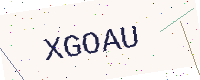
Text: XGOAU